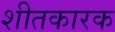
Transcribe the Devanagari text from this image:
शीतकारक